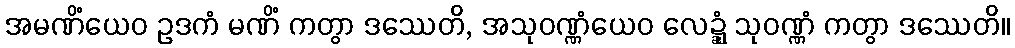
အမဏိံယေဝ ဥဒကံ မဏိံ ကတွာ ဒဿေတိ, အသုဝဏ္ဏံယေဝ လေဍ္ဍုံ သုဝဏ္ဏံ ကတွာ ဒဿေတိ။